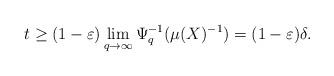
LaTeX: \begin{align*} t\geq(1-\varepsilon)\lim_{q\rightarrow\infty}\Psi_q^{-1}(\mu(X)^{-1})=(1-\varepsilon)\delta.\end{align*}